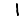
Digit: 1